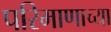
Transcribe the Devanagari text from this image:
परिमाणाच्या